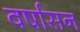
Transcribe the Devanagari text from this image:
वर्षासन